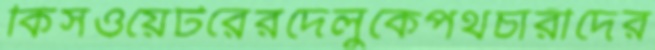
কিসওয়েটরেরদেলুকেপথচারীদের